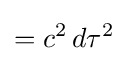
=c^{2}\,d\tau ^{2}